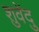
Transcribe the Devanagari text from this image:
शुवेंदु